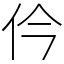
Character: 仱